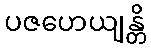
ပဇဟေယျန္တိ